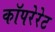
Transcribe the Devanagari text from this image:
कॉपरेरेट